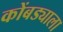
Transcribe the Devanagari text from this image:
कोंबड्याला